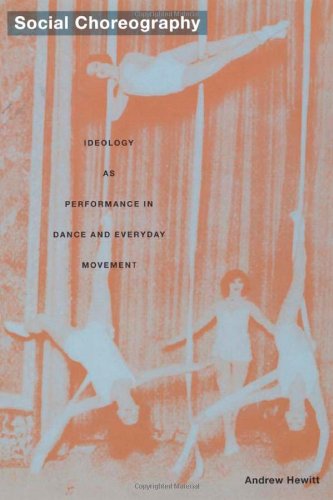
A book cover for Social Choreography: Ideology as Performance in Dance and Everyday Movement (Post-Contemporary Interventions); Andrew Hewitt; Politics & Social Sciences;